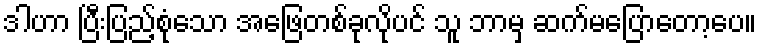
ဒါဟာ ပြီးပြည့်စုံသော အဖြေတစ်ခုလိုပင် သူ ဘာမှ ဆက်မပြောတော့ပေ။